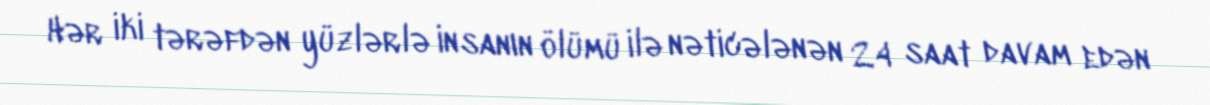
Hər iki tərəfdən yüzlərlə insanın ölümü ilə nəticələnən 24 saat davam edən